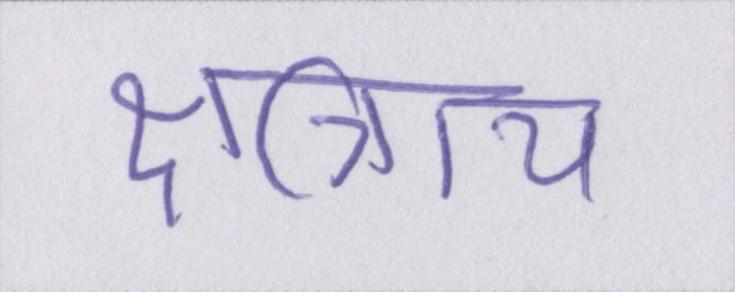
क्षत्रिाय